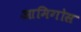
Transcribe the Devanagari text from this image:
आमिगोस